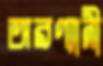
অরণ্যানী